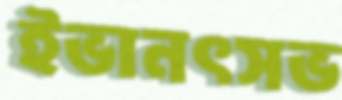
ইভানৎসভ